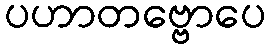
ပဟာတဗ္ဗောပေ